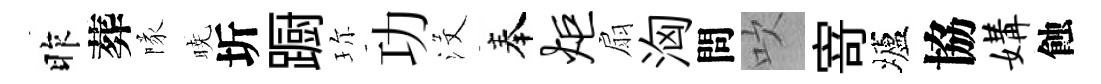
昨葬隊暁圻蹰珎功沒奉炬扇洶問吹𭔃壚協媾蝕